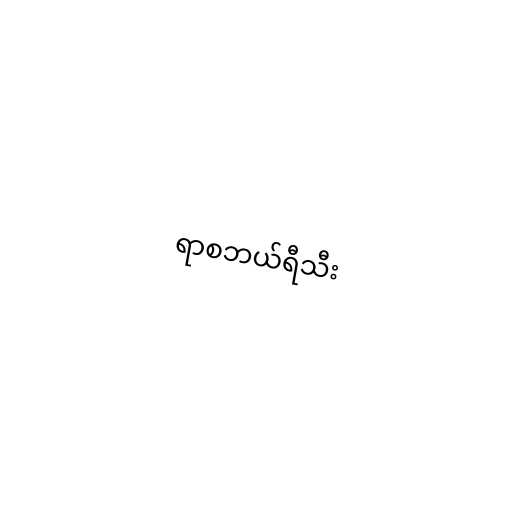
ရာစဘယ်ရီသီး